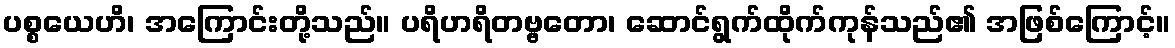
ပစ္စယေဟိ၊ အကြောင်းတို့သည်။ ပရိဟရိတဗ္ဗတော၊ ဆောင်ရွက်ထိုက်ကုန်သည်၏ အဖြစ်ကြောင့်။